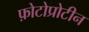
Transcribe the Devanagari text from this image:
फ़ोटोप्रोटीन